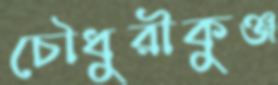
চৌধুরীকুঞ্জ